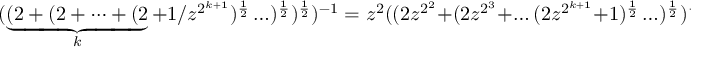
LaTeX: ( \underbrace { ( 2 + ( 2 + \dots + ( 2 } _ { k } + 1 / z ^ { 2 ^ { k + 1 } } ) ^ { \frac { 1 } { 2 } } \ldots ) ^ { \frac { 1 } { 2 } } ) ^ { \frac { 1 } { 2 } } ) ^ { - 1 } = z ^ { 2 } ( ( 2 z ^ { 2 ^ { 2 } } + ( 2 z ^ { 2 ^ { 3 } } + \ldots ( 2 z ^ { 2 ^ { k + 1 } } + 1 ) ^ { \frac { 1 } { 2 } } \ldots ) ^ { \frac { 1 } { 2 } } ) ^ { \frac { 1 } { 2 } } ) ^ { - 1 } .